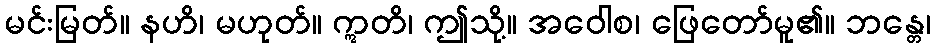
မင်းမြတ်။ နဟိ၊ မဟုတ်။ ဣတိ၊ ဤသို့။ အဝေါစ၊ ဖြေတော်မူ၏။ ဘန္တေ၊